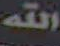
الله